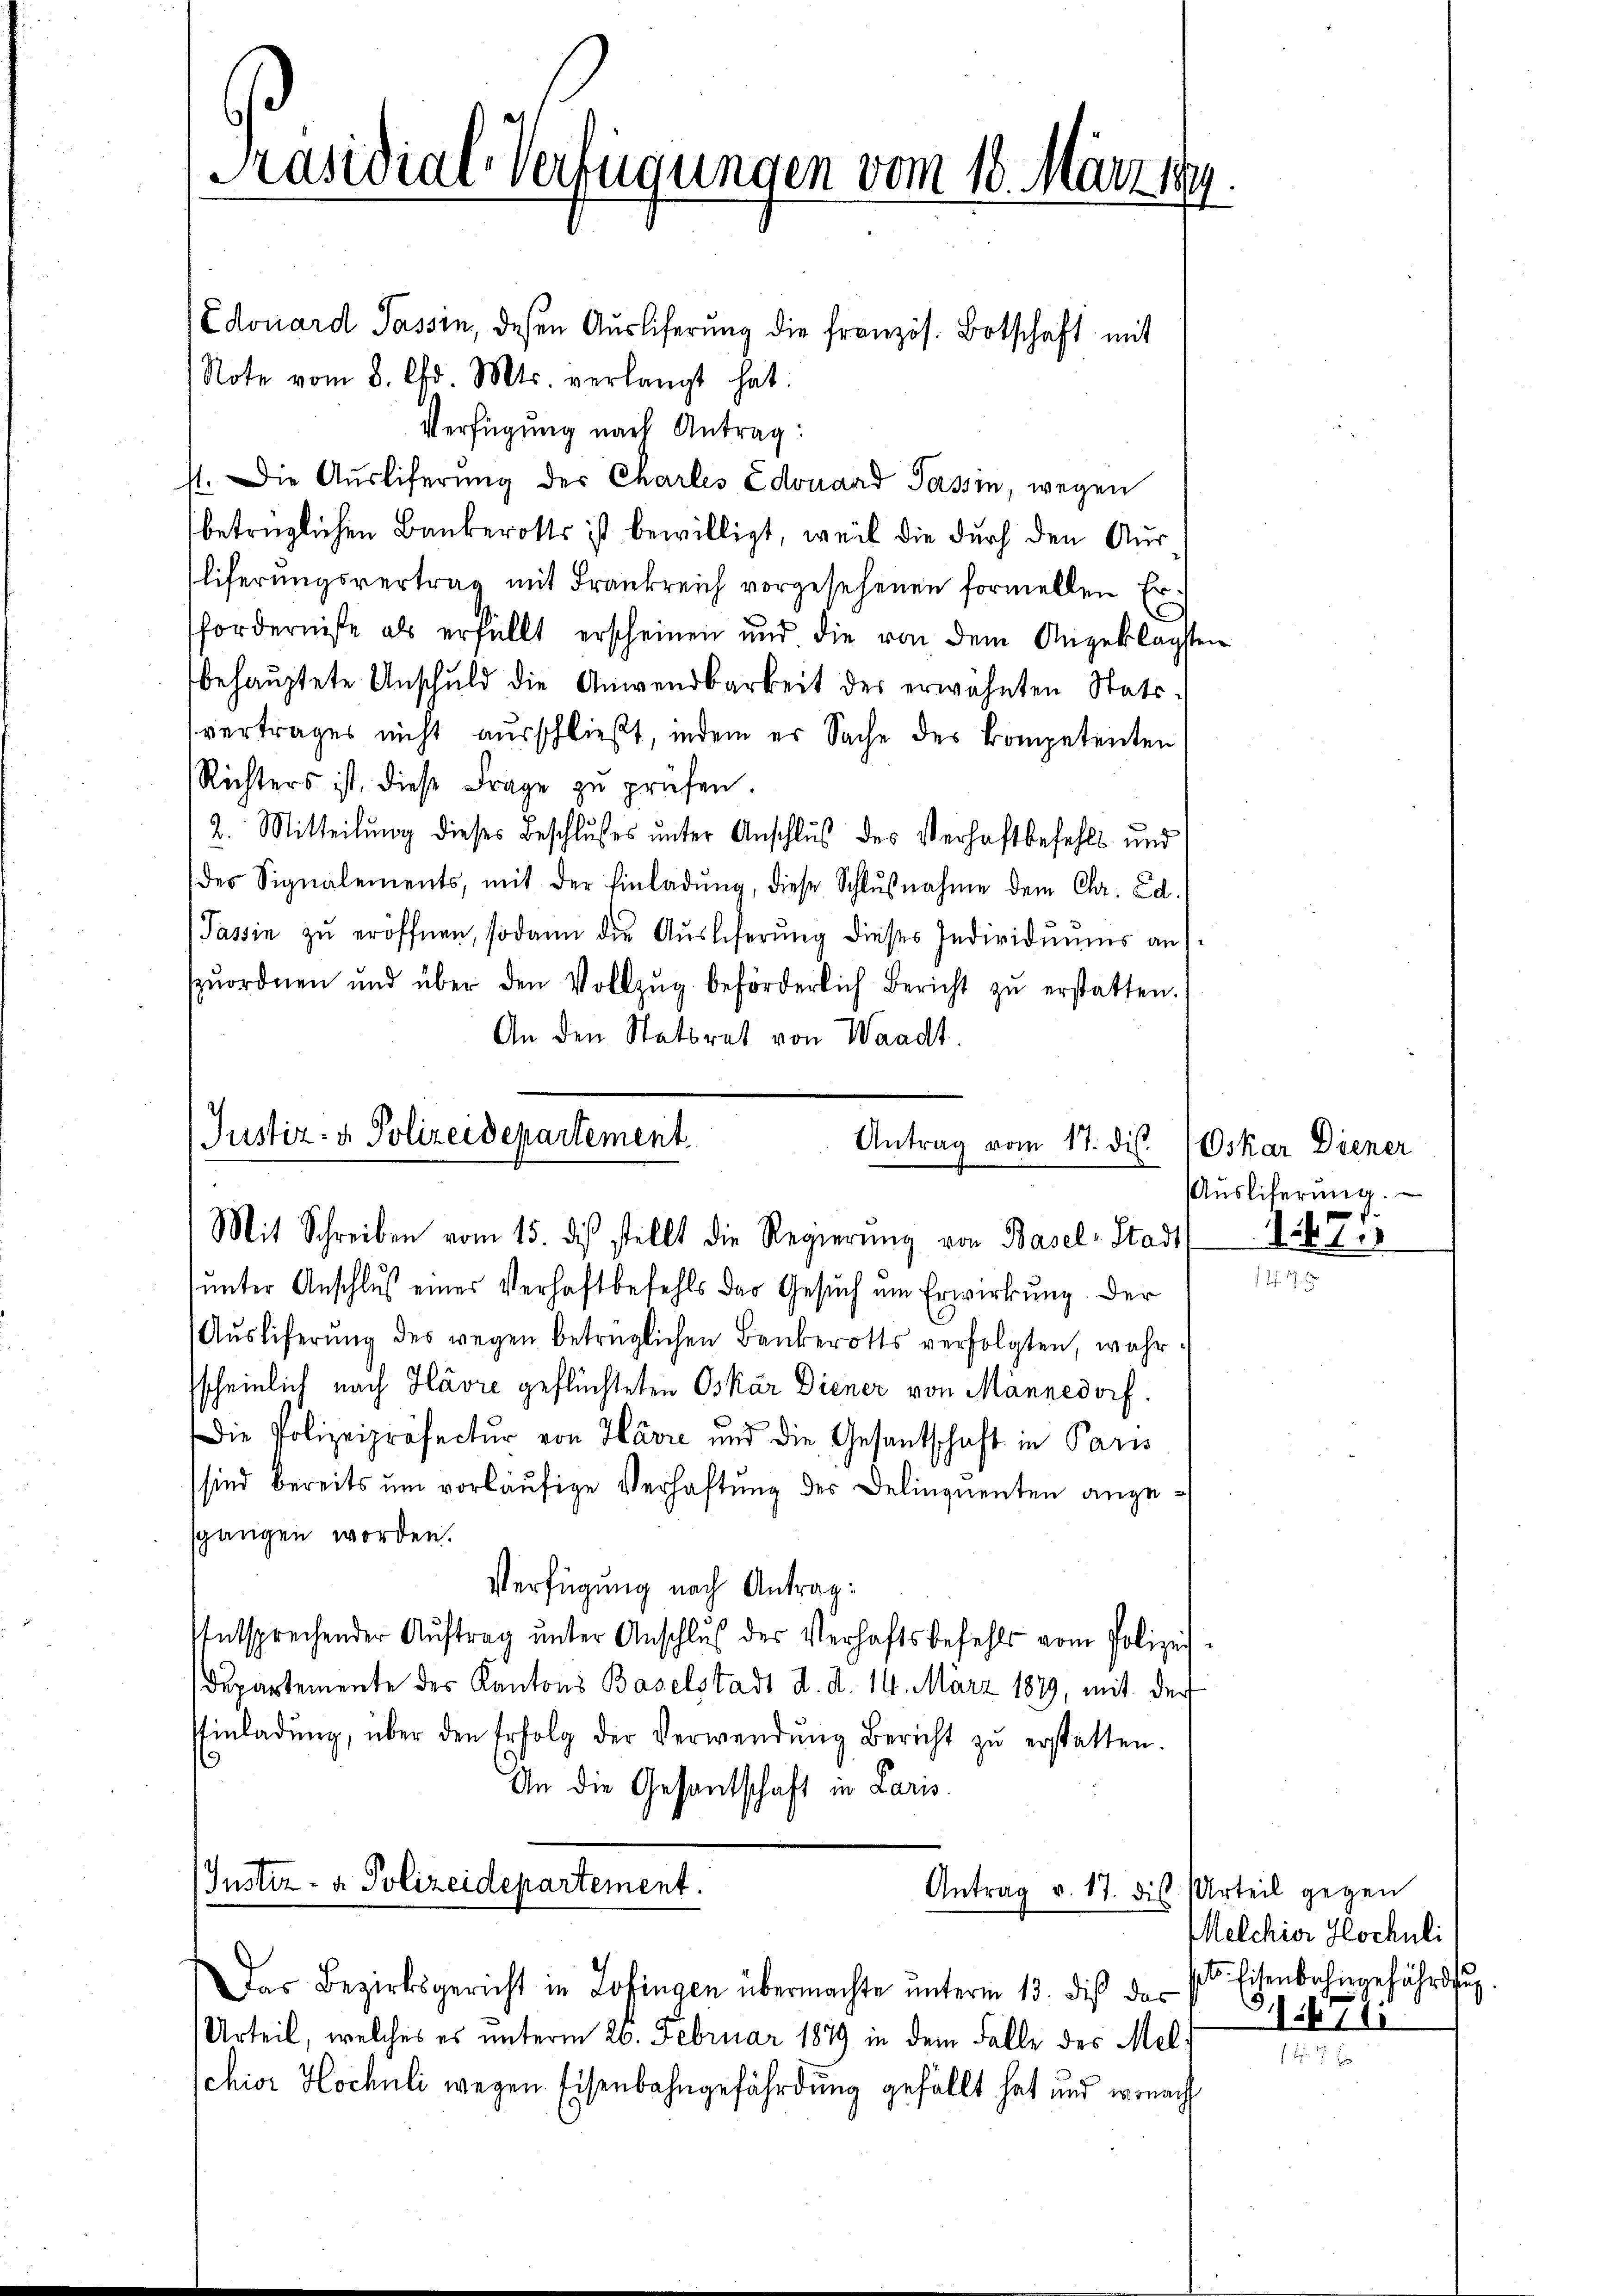
Präsidial-Verfügungen vom 18. März 1890
e

Edouard Passin, deßen Aŭsliferŭng die französ. Botschaft mit
Note vom 8. d. Mts. verlangt hat.
Verfügung nach Antrag:
st. Die Auslieferung der Charles Edouand Passin, wegen
betrüglichen Bankerotts ist bewilligt, weil die durch den Ausliferungsvertrag mit Frankreich vorgesehenen formellen Erforderniße als erfüllt erscheinen und die von dem Angeklagsten
behauptete Anschuld die Anwendbarkeit des erwähnten Stattvertrages nicht ausschließt, indem es Sache des Kompetenten
Richters ist, diese Frage zu prüfen.
2. Mitteilung dieses Beschlusses unter Anschluß des Verhaftbefehls und
des Signalements, mit der Einladŭng, diese Schlŭβnahme dem Chr. Ed.
Passin zŭ eröffnen, sodann die Aŭsliferŭng dieses Individuums an
zŭordnen und über den Vollzŭg beförderlich Bericht zŭ erstatten.
An den Statores von Waadt.

Justiz- & Polizeidepartement
Antrag vom 17. dis.
Mit Schreiben vom 15. des stellt die Regierŭng von Basel-Stadt 1241

unter Anschluß einer Verhaftbefehls das Gesuch um Erwirkung der
Aŭsliferŭng des wegen betrüglichen Bankerotts verfolgten, wahr-
scheinlich nach Havre geflüchteten Oskar Diener von Männedorf.
Die Polizeipräfectŭr von Havre und die Gesantschaft in Paris
sind bereits um vorläufige Verhaftung der Delinquenten angesgangen worden.
Verfügung nach Antrag:
Entsprechender Aŭftrag ŭnter Anschluß der Verhaftsbefehls vom Polizei-
Departemente des Kantons Baselstadt d. d. 14. März 1879, mit der
Einladŭng, über den Erfolg der Verwendŭng Bericht zŭ erstatten.
.
An die Gesantschaft in Laris

Iustiz- & Polizeidepartement.
Antrag v. 17. dis

Das Bezirksgericht in Zofingen übermachte ŭnterm 13. diβ der fl. Eisenbahngefährdung
Urteil, welches es unterm 26. Februar 1879 in dem Falle des Mel¬
Schior Hochuli wegen Eisenbahngefährdung gefällt hat und wonach

Oskar Diener
Aŭsliferŭng.

147. 17. 3

Urteil gegen
Melchior Hochuli
31672